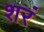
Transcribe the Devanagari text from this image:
शरं